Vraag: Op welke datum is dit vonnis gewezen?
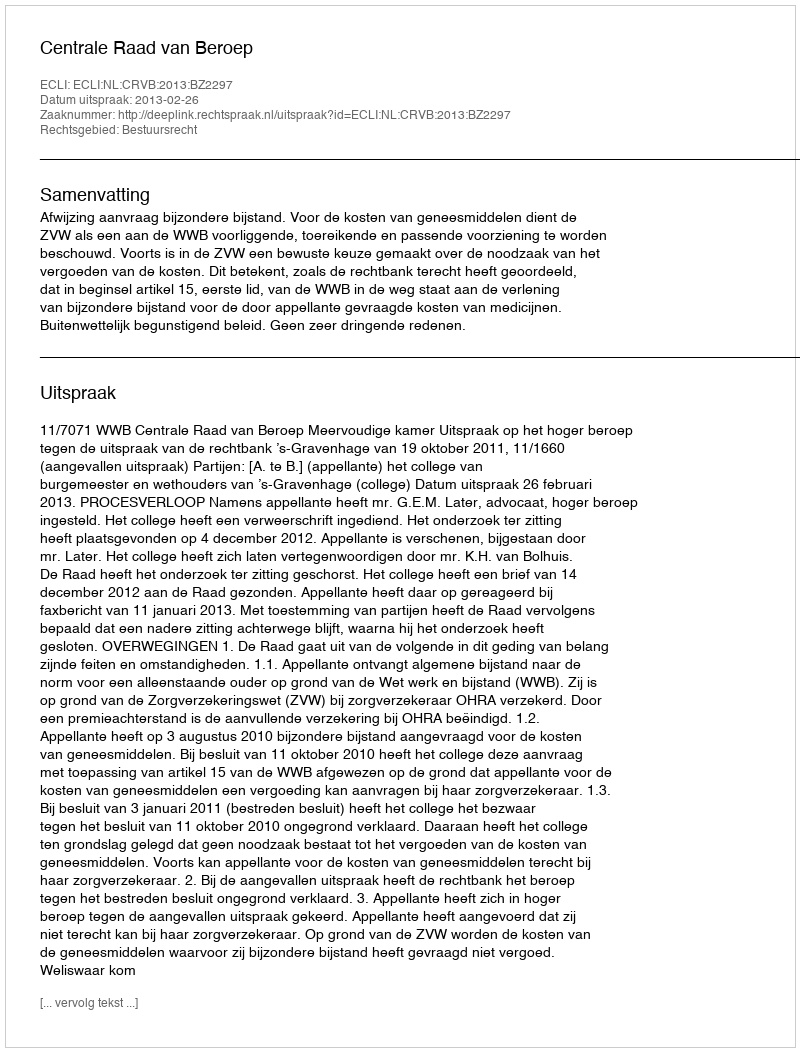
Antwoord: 2013-02-26